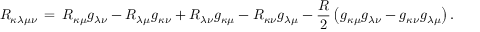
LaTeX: R _ { \kappa \lambda \mu \nu } \, = \, R _ { \kappa \mu } g _ { \lambda \nu } - R _ { \lambda \mu } g _ { \kappa \nu } + R _ { \lambda \nu } g _ { \kappa \mu } - R _ { \kappa \nu } g _ { \lambda \mu } - \frac { R } { 2 } \left( g _ { \kappa \mu } g _ { \lambda \nu } - g _ { \kappa \nu } g _ { \lambda \mu } \right) .